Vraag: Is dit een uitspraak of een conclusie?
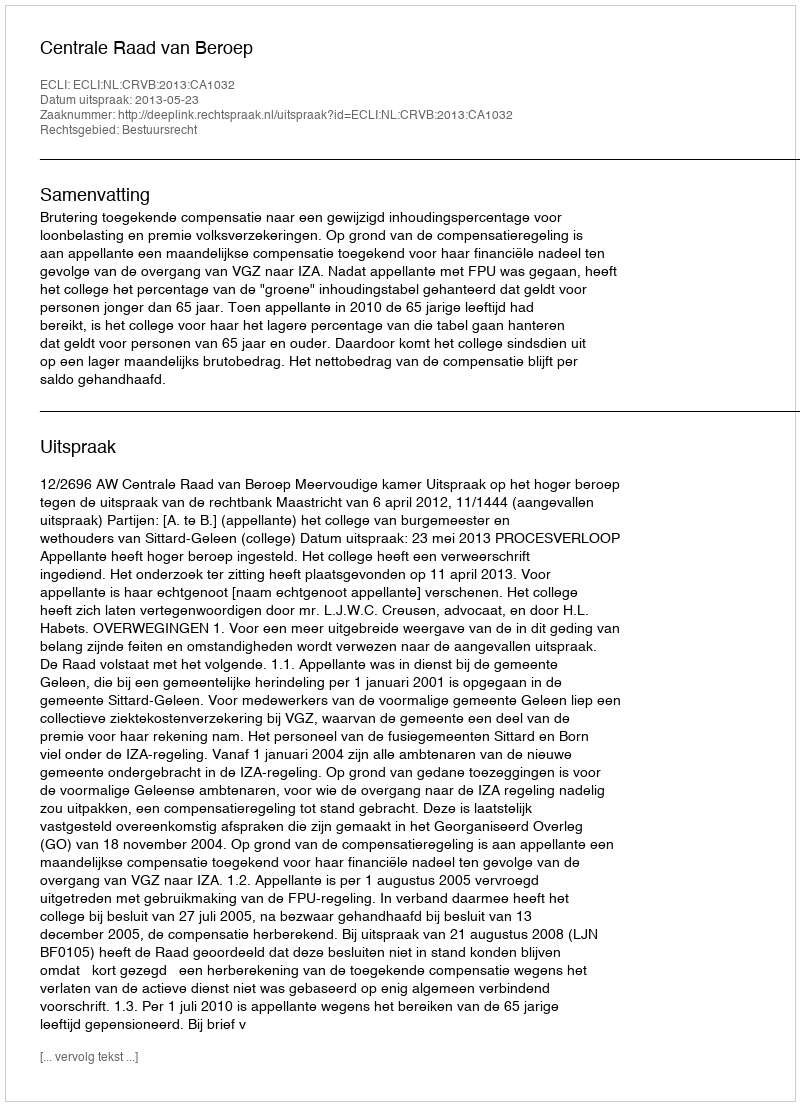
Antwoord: Uitspraak